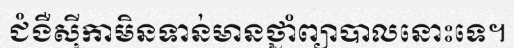
ជំងឺស៊ីកាមិនទាន់មានថ្នាំព្យាបាលនោះទេ។